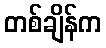
တစ်ချိန်က